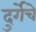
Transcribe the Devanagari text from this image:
दुर्गेचे